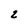
Character: 2